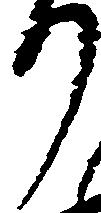
り